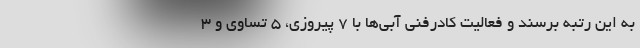
به این رتبه برسند و فعالیت کادرفنی آبی‌ها با ۷ پیروزی، ۵ تساوی و ۳